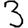
Digit: 3